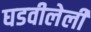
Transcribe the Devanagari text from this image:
घडवीलेली